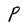
Character: P